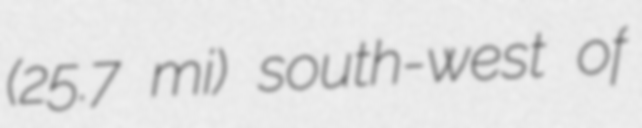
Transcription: (25.7 mi) south-west of